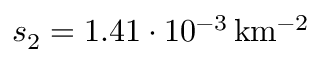
s _ { 2 } = 1 . 4 1 \cdot 1 0 ^ { - 3 } \, \mathrm { k m ^ { - 2 } }